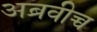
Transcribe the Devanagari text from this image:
अब्रवीच्च